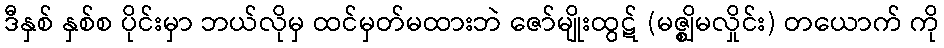
ဒီနှစ် နှစ်စ ပိုင်းမှာ ဘယ်လိုမှ ထင်မှတ်မထားဘဲ ဇော်မျိုးထွဋ် (မဇ္စ္ဈိမလှိုင်း) တယောက် ကို